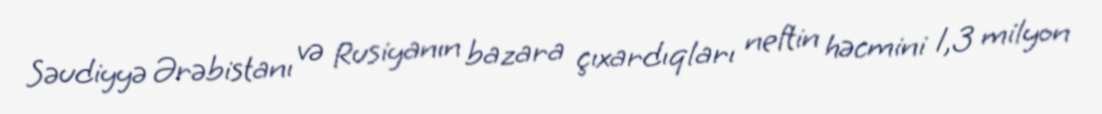
Səudiyyə Ərəbistanı və Rusiyanın bazara çıxardıqları neftin həcmini 1,3 milyon